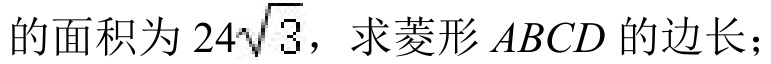
的面积为\(24\sqrt{3}\)，求菱形\(ABCD\)的边长；